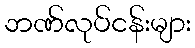
ဘဏ်လုပ်ငန်းများ